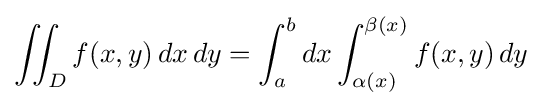
\iint _{D}f(x,y)\,dx\,dy=\int _{a}^{b}dx\int _{\alpha (x)}^{\beta (x)}f(x,y)\,dy